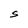
Character: S